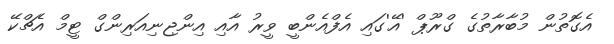
އެގޮތުން މުބާރާތުގެ ގްރޫޕް 'އޭ'ގައި އެފްއެންބީ ވީރު އާއި އިންޖިނިއަރިންގް ޓީމް އެޗްކޭ